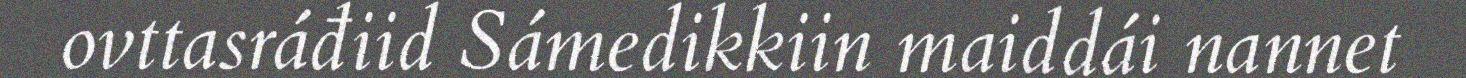
ovttasráđiid Sámedikkiin maiddái nannet